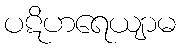
ပဋိဟရေယျာမ